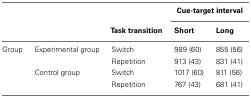
<table><thead><tr><td></td><td></td><td></td><td colspan="2"><b>Cue-target interval</b></td></tr><tr><td></td><td></td><td><b>Task transition</b></td><td><b>Short</b></td><td><b>Long</b></td></tr></thead><tbody><tr><td>Group</td><td>Experimental group</td><td>Switch</td><td>989 (60)</td><td>855 (56)</td></tr><tr><td></td><td></td><td>Repetition</td><td>913 (43)</td><td>831 (41)</td></tr><tr><td></td><td>Control group</td><td>Switch</td><td>1017 (60)</td><td>811 (56)</td></tr><tr><td></td><td></td><td>Repetition</td><td>767 (43)</td><td>681 (41)</td></tr></tbody></table>